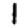
Digit: 1